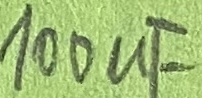
Text: 100µF